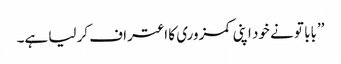
’’بابا تو نے خود اپنی کمزوری کا اعتراف کر لیا ہے۔